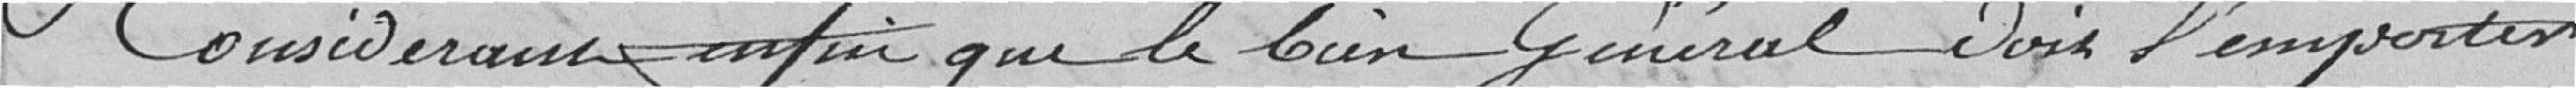
Considérant enfin que le bien général doit l'emporter